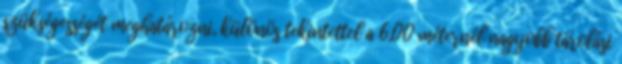
szükségességét meghatározni, különös tekintettel a 6,00 méternél nagyobb tárolási